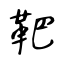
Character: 靶